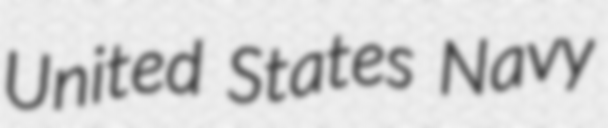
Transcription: United States Navy